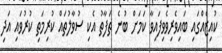
ކުއިޒެއްގައި ބައިވެރިވެވިފައިވާ ކަމަށް ބުނެ ތަފާތު އެކި ސުވާލުތައް ކުރިމަތި ކުރުވައި އަދި